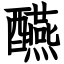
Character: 醼